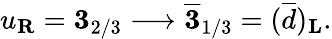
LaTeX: u_{\mathbf R}={\mathbf 3}_{2/3}\longrightarrow\overline{{{\mathbf 3}}}_{1/3}=(\overline{{d}})_{\mathbf L}.